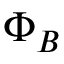
\Phi _ { B }